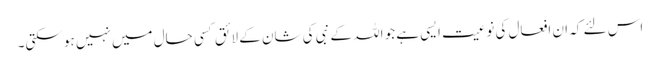
اس لئے کہ ان افعال کی نوعیت ایسی ہے جو اللہ کے نبی کی شان کے لائق کسی حال میں نہیں ہو سکتی۔